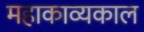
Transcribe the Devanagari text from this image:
महाकाव्‍यकाल